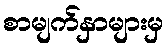
စာမျက်နှာများမှ